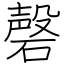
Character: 磬